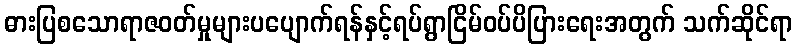
ဓားပြစသောရာဇဝတ်မှုများပပျောက်ရန်နှင့်ရပ်ရွာငြိမ်ဝပ်ပိပြားရေးအတွက် သက်ဆိုင်ရာ